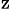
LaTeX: _\textrm{z}